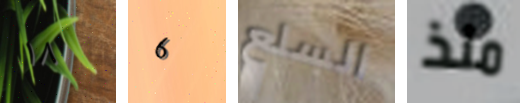
١٨ 6 السلع منذ